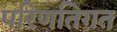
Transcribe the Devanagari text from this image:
परिणतिगत